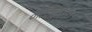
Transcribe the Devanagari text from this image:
मेदिचीला